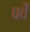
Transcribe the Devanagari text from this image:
पर्चें